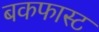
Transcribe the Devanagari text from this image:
बकफास्ट